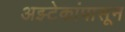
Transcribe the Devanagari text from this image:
अझ्टेकांपासून